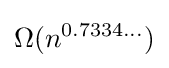
\Omega (n^{0.7334\dots })